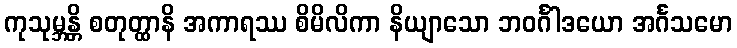
ကုသုမ္ဘန္တိ စတုတ္ထာနိ အကာရဿ စိမိလိကာ နိယျာသော ဘဝင်္ဂါဒယော အင်္ဂသမော